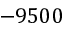
- 9 5 0 0